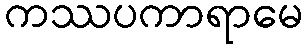
ကဿပကာရာမေ